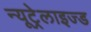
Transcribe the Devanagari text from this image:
न्यूट्रेलाइज्ड